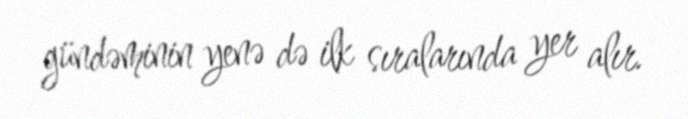
gündəminin yenə də ilk sıralarında yer alır.